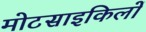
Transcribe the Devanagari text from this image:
मोटसाइकिलों